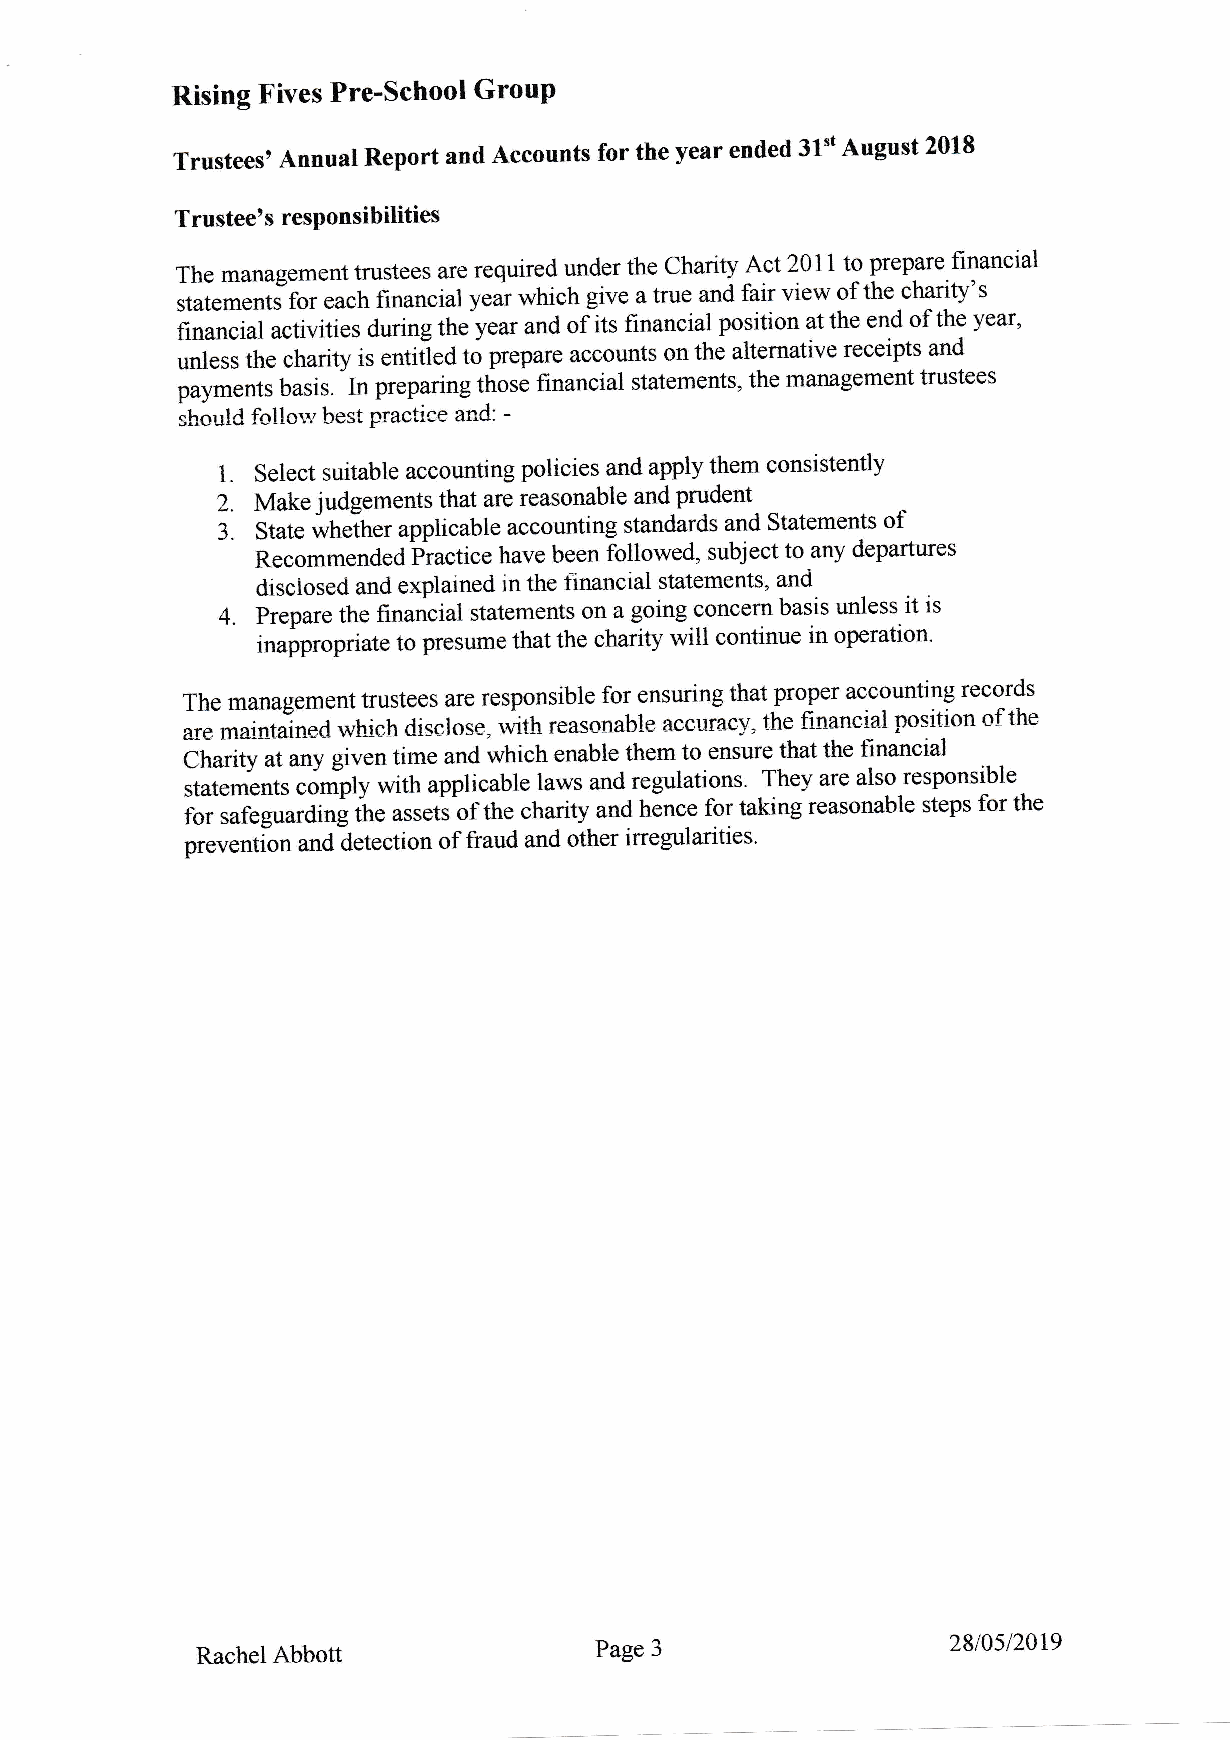
Rising Fives Pre-School GrouP
 Trustee, Annual Report and Accaunts for the year ended 31't August 2018
 T rustee' s resPonsibilities
 The management trustees are required under the charity Act 2011 to prepare financial
 statementifor each financial year which give a true and fair view of the charity's
 financial activities during the year and olits financial position at the end of the year,
 unless the charity is entiiled to prepare accounts on the altemative receipts and
 payments basis. In preparing those financial statements, the management trustees
 ihould fcllow best Practice and: -
 1. Select suitable accounting policies and apply them consistently
 2. Make judgements that are reasonable and prudent
 of
 3. State whether applicable accounting standards and Statements
 Recommended piactice have been followed, subject to any departures
 disclosed and explained in the financial statements, and
 4. Prepare the financial statements on a going concern basis urless it is
 inappropriate to presume that the charrty will continue in operation'
 The management tl.ustees are responsible for ensuring that proper accguntrlg records
 are maintained whieh diselose, with reasonable accuracy, the fiaaneial positior of the
 Cfrurity at any given time and which enable them to ensure that the financial
 statements   with applicable laws and regulations. They are also responsible
 io. *f"gp*a"o h* gp ty ih e assets of the charity and hence fgl taking reasonable steps for the
 preventi=on and detection of fraud and other inegularities.
 28lAsZAD
 Rachel Abbott             Page 3